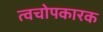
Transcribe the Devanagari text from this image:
त्वचोपकारक